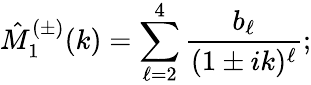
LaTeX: \hat{M}_{1}^{(\pm)}(k)=\sum_{\ell=2}^{4}\frac{b_{\ell}}{(1\pm ik)^{\ell}};